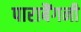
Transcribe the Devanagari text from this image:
पाराबैंगनी